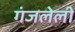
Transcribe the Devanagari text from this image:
गंजलेली